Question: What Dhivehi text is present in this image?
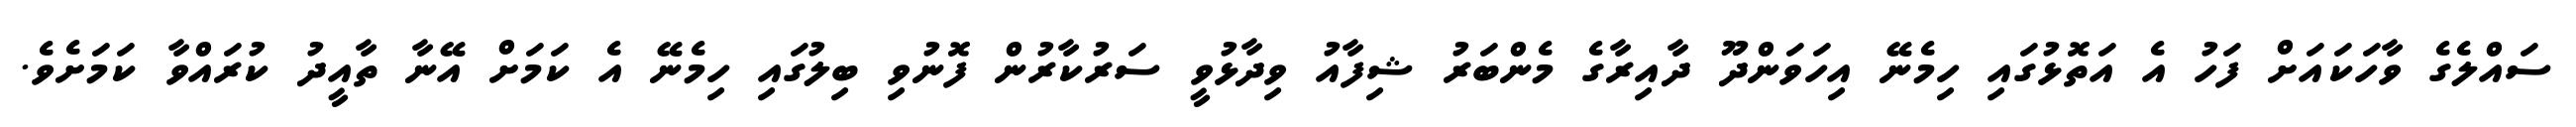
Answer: ސައްލެގެ ވާހަކައަށް ފަހު އެ އަތޮޅުގައި ހިމެނޭ އިހަވަންދޫ ދާއިރާގެ މެންބަރު ޝިފާއު ވިދާޅުވީ ސަރުކާރުން ފޮނުވި ބިލުގައި ހިމެނޭ އެ ކަމަށް އޭނާ ތާއީދު ކުރައްވާ ކަމަށެވެ.